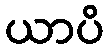
ယာပိ